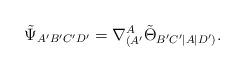
LaTeX: \begin{align*}\tilde\Psi_{A'B'C'D'}=\nabla^A_{(A'}\tilde\Theta_{B'C'|A|D')}.\end{align*}